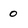
Character: o